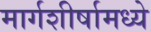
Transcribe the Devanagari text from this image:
मार्गशीर्षामध्ये